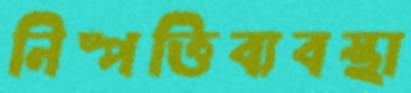
নিষ্পত্তিব্যবস্থা